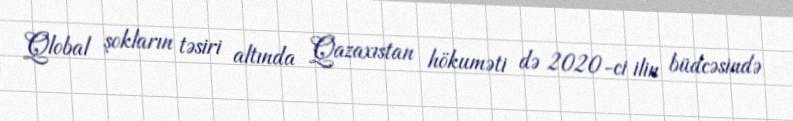
Qlobal şokların təsiri altında Qazaxıstan hökuməti də 2020-ci ilin büdcəsində